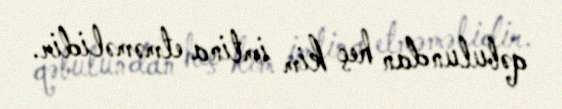
qəbulundan heç kim imtina etməməlidir.